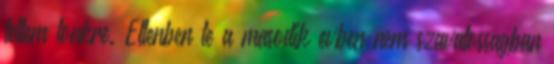
tettem tonkre. Ellenben te a masodik evben nem szavatossagban